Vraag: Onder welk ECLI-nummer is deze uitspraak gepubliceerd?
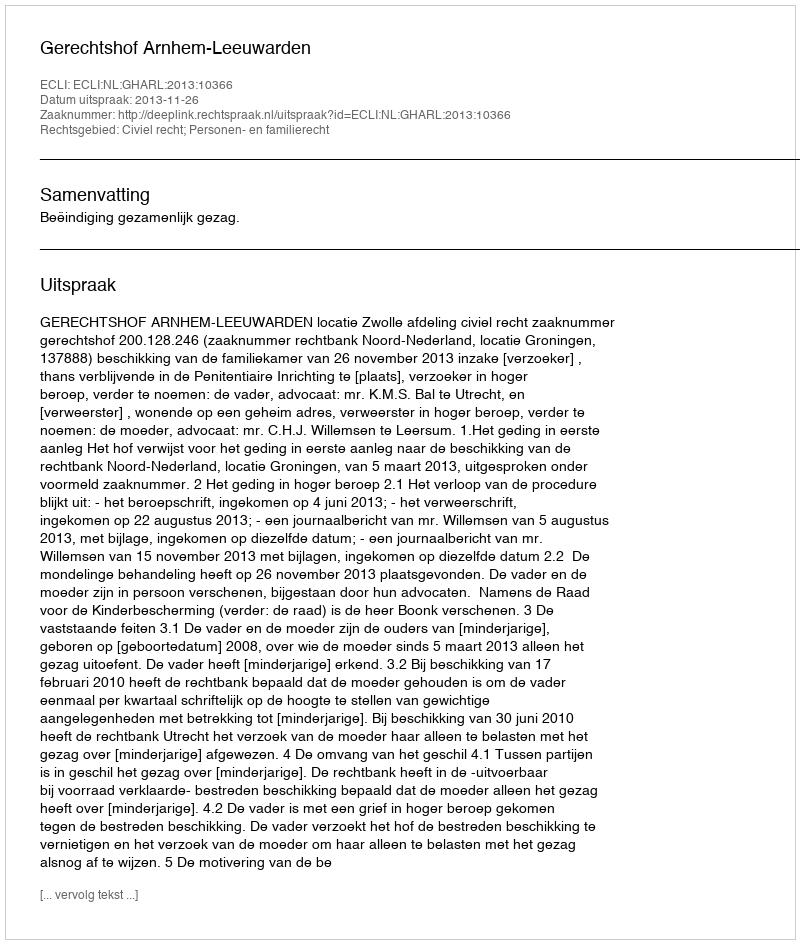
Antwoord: ECLI:NL:GHARL:2013:10366